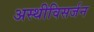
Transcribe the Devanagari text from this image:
अस्थीविसर्जन